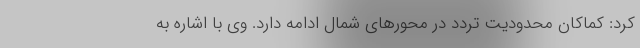
کرد: کماکان محدودیت تردد در محورهای شمال ادامه دارد. وی با اشاره به